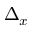
\Delta _ { x }